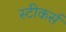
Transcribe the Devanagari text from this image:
स्टीकर्स